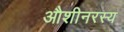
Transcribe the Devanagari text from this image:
औशीनरस्य